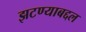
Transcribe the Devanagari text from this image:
झटण्याबद्दल